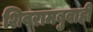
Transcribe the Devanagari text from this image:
शिवरामबुवाही